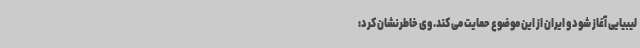
لیبیایی آغاز شود و ایران از این موضوع حمایت می کند. وی خاطرنشان کرد: